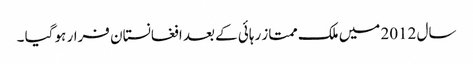
سال 2012 میں ملک ممتاز رہائی کے بعد افغانستان فرار ہو گیا ۔